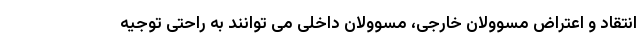
انتقاد و اعتراض مسوولان خارجی، مسوولان داخلی می توانند به راحتی توجیه